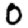
Digit: 0